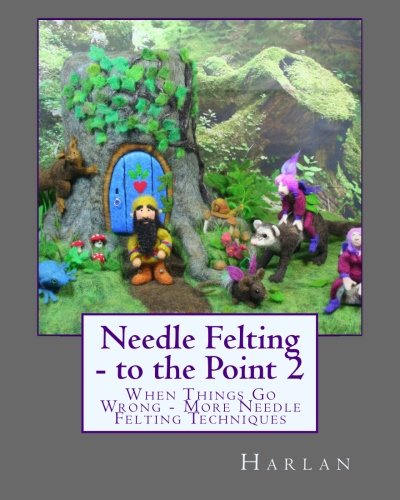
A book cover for Needle Felting - to the Point 2: When Things Go Wrong - More Needle Felting Techniques; Harlan; Crafts, Hobbies & Home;